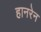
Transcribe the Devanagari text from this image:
हानरेन